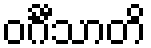
ဝင်္ဂီသာတိ